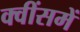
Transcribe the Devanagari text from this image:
क्वींसमें